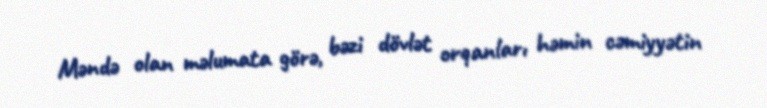
Məndə olan məlumata görə, bəzi dövlət orqanları həmin cəmiyyətin